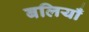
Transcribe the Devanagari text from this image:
बलियाँ